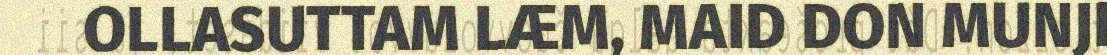
OLLASUTTAM LÆM, MAID DON MUNJI